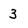
Character: 3